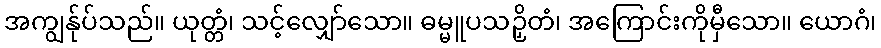
အကျွန်ုပ်သည်။ ယုတ္တံ၊ သင့်လျှော်သော။ ဓမ္မူပသဉှိတံ၊ အကြောင်းကိုမှီသော။ ယောဂံ၊